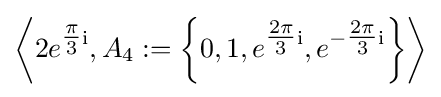
\left\langle 2e^{{\tfrac {\pi }{3}}\mathrm {i} },A_{4}:=\left\{0,1,e^{{\tfrac {2\pi }{3}}\mathrm {i} },e^{-{\tfrac {2\pi }{3}}\mathrm {i} }\right\}\right\rangle